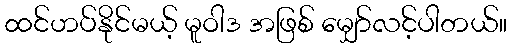
ထင်ဟပ်နိုင်မယ့် မူဝါဒ အဖြစ် မျှော်လင့်ပါတယ်။